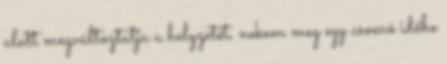
alatt megváltoztatja a helyzetét, nekem meg egy csomó időbe